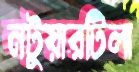
নটুয়ারটিলা